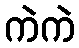
ကဲကဲ